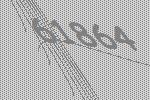
61864